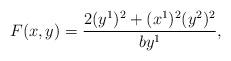
LaTeX: \begin{align*}F(x,y)=\frac{2(y^1)^2+(x^1)^2(y^2)^2} {by^1},\end{align*}